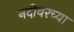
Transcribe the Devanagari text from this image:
नदीवरच्या